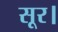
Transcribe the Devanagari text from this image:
सूर।